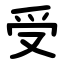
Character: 受